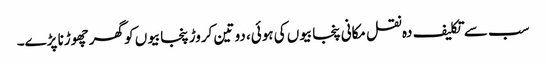
سب سے تکلیف دہ نقل مکانی پنجابیوں کی ہوئی، دو تین کروڑ پنجابیوں کو گھر چھوڑنا پڑے۔